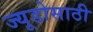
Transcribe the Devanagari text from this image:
ज्यूडोसाठी